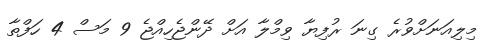
މިލިއަނަށްވުރެ ގިނަ ރުފިޔާ ވިމްލާ އަށް ދޭންޖެހިއްޖެ 9 މަސް 4 ހަފްތާ